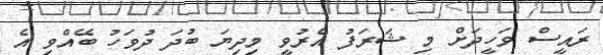
ރައީސް ވަހީދަށް މި ޝަރަފު އެރުވީ މިދިޔަ ބުދަ ދުވަހު ބޭއްވި އެ